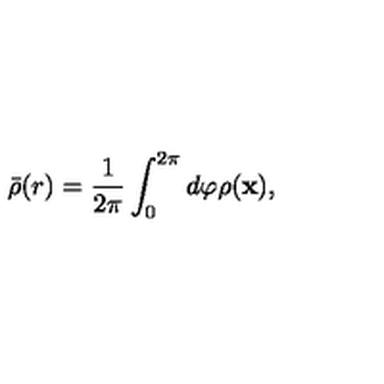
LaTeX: \bar { \rho } ( r ) = \frac { 1 } { 2 \pi } \int _ { 0 } ^ { 2 \pi } d \varphi \rho ( \bf x ) ,